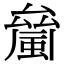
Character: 𧏝